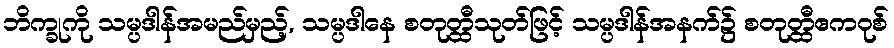
ဘိက္ခုကို သမ္ပဒါန်အမည်မှည့်, သမ္ပဒါနေ စတုတ္ထီသုတ်ဖြင့် သမ္ပဒါန်အနက်၌ စတုတ္ထီဧကဝုစ်